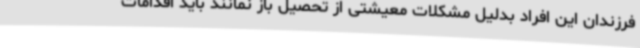
فرزندان این افراد بدلیل مشکلات معیشتی از تحصیل باز نمانند باید اقدامات